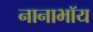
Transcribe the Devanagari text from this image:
नानाभॉय